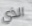
الذي